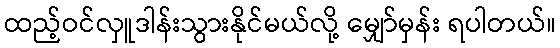
ထည့်ဝင်လှူဒါန်းသွားနိုင်မယ်လို့ မျှော်မှန်း ရပါတယ်။